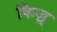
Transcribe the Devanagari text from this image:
किज़्र